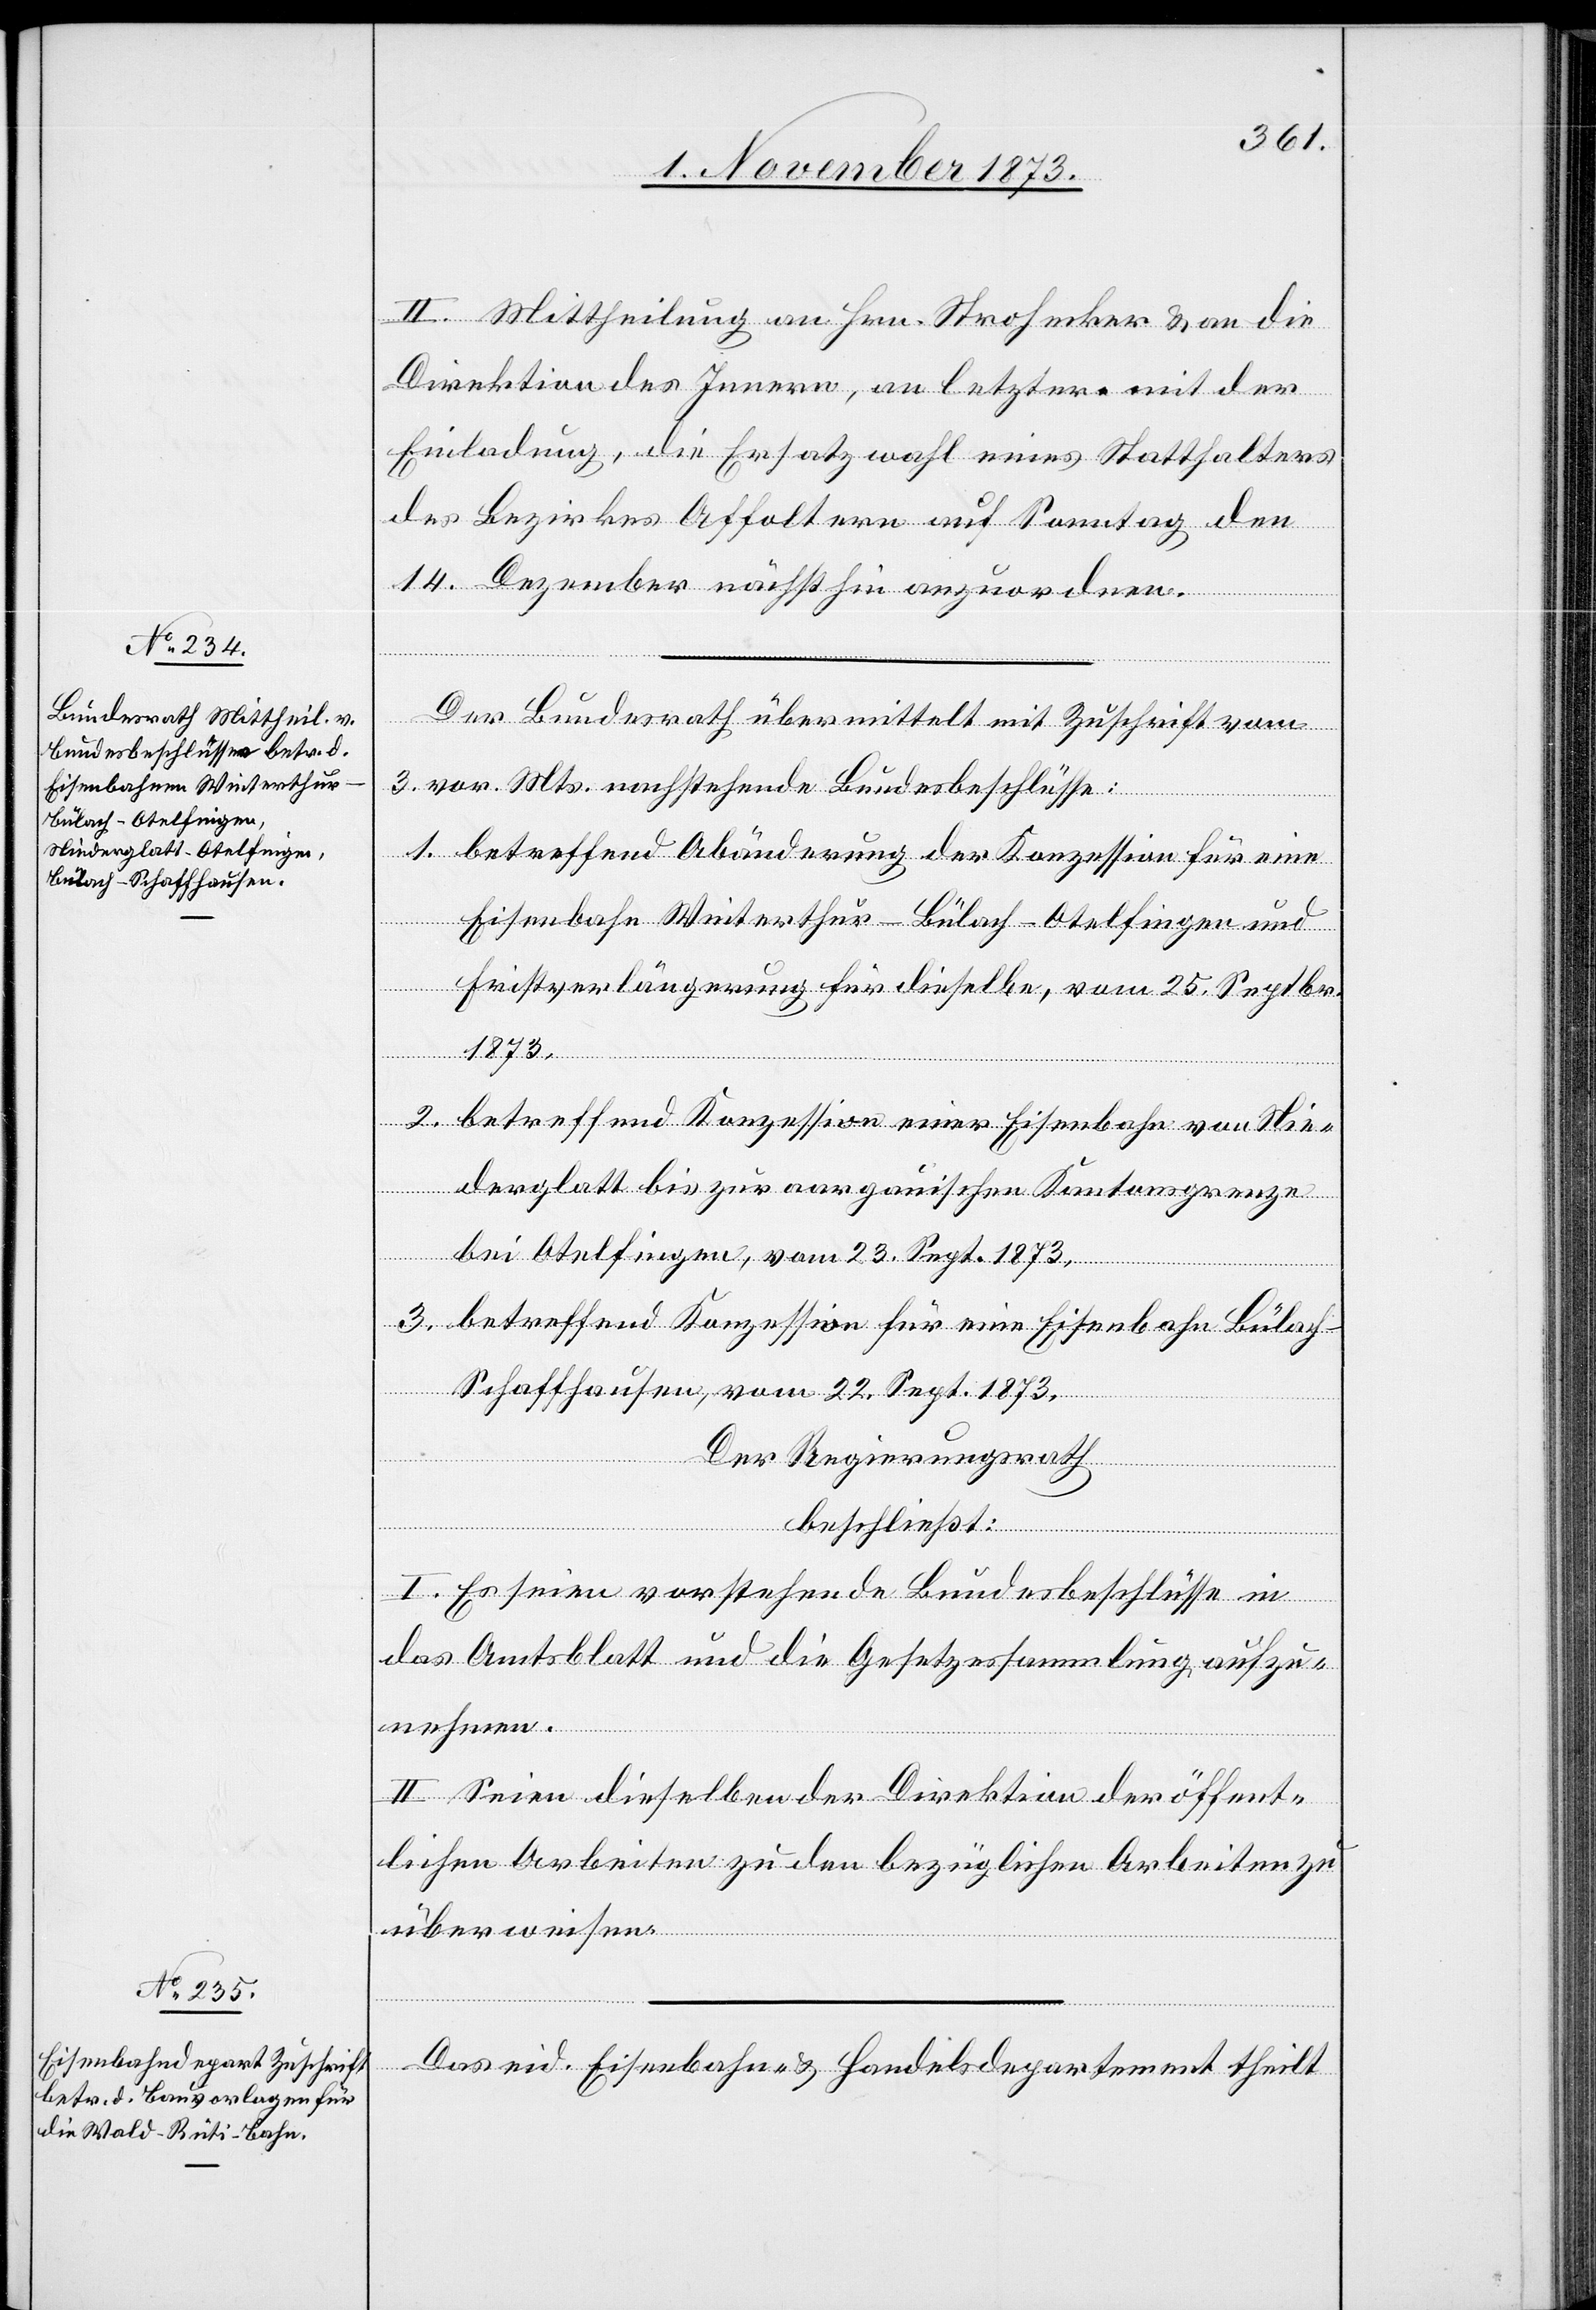
II. Mittheilung an Hrn. Strohecker & an die
Direktion des Innern, an letztere mit der
Einladung, die Ersatzwahl eines Statthalters
des Bezirkes Affoltern auf Sonntag den
14. Dezember nächsthin anzuordnen.
Der Bundesrath übermittelt mit Zuschrift vom
3. vor. Mts. nachstehende Bundesbeschlüsse:
1. betreffend Abänderung der Konzession für eine
Eisenbahn Winterthur–Bülach–Otelfingen und
Fristverlängerung für dieselbe, vom 25. Septbr.
1873.
2. betreffend Konzession einer Eisenbahn von Nie¬
derglatt bis zur aargauischen Kantonsgrenze
bei Otelfingen, vom 23. Sept. 1873,
3. betreffend Konzession für eine Eisenbahn Bülac¬
h–Schaffhausen, vom 22. Sept. 1873.
Der Regierungsrath
beschließt:
I. Es seien vorstehende Bundesbeschlüsse in
das Amtsblatt und die Gesetzessammlung aufzu¬
nehmen.
II. Seien dieselben der Direktion der öffent¬
lichen Arbeiten zu den bezüglichen Arbeiten zu
überweisen.
Das eid. Eisenbahn- & Handelsdepartement theilt